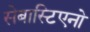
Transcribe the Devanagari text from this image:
सेबास्टिएनो